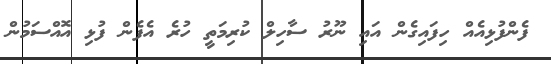
ފެންފުޅިއެއް ހިފައިގެން އައި ނޫރު ސާހިލް ކުރިމަތީ ހުރެ އެފެން ފުޅި އޮއްސަމުން